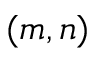
( m , n )